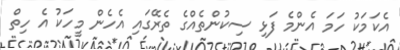
އެކަމަކު ހަމަ އެންމެ ފަޅި ސިކުންތެއްގެ ތެރޭގައި އެހެން މީހަކު އެ ހިތް